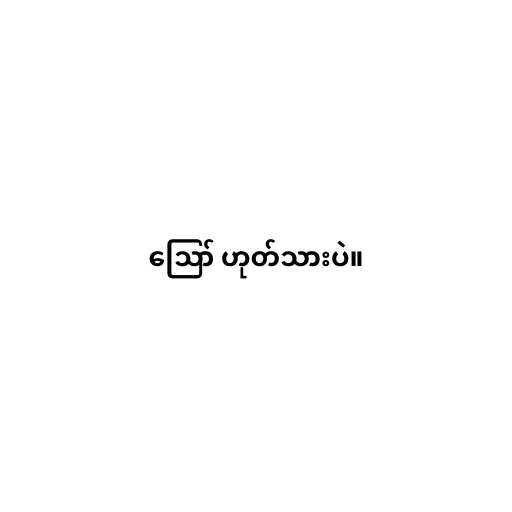
ဪ ဟုတ်သားပဲ။